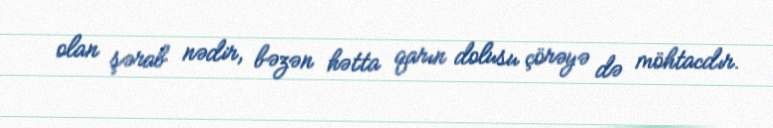
olan şərab nədir, bəzən hətta qarın dolusu çörəyə də möhtacdır.